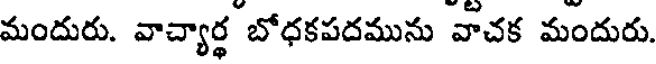
మందురు. వాచ్యార్థ బోధకపదమును వాచక మందురు.